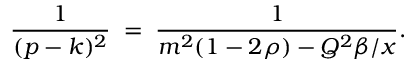
{ \frac { 1 } { ( p - k ) ^ { 2 } } } \; = \; { \frac { 1 } { m ^ { 2 } ( 1 - 2 \rho ) - Q ^ { 2 } \beta / x } } .